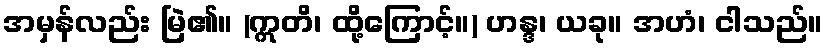
အမှန်လည်း မြဲ၏။ (ဣတိ၊ ထို့ကြောင့်။) ဟန္ဒ၊ ယခု။ အဟံ၊ ငါသည်။